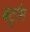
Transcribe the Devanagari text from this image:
बर्ट्राम